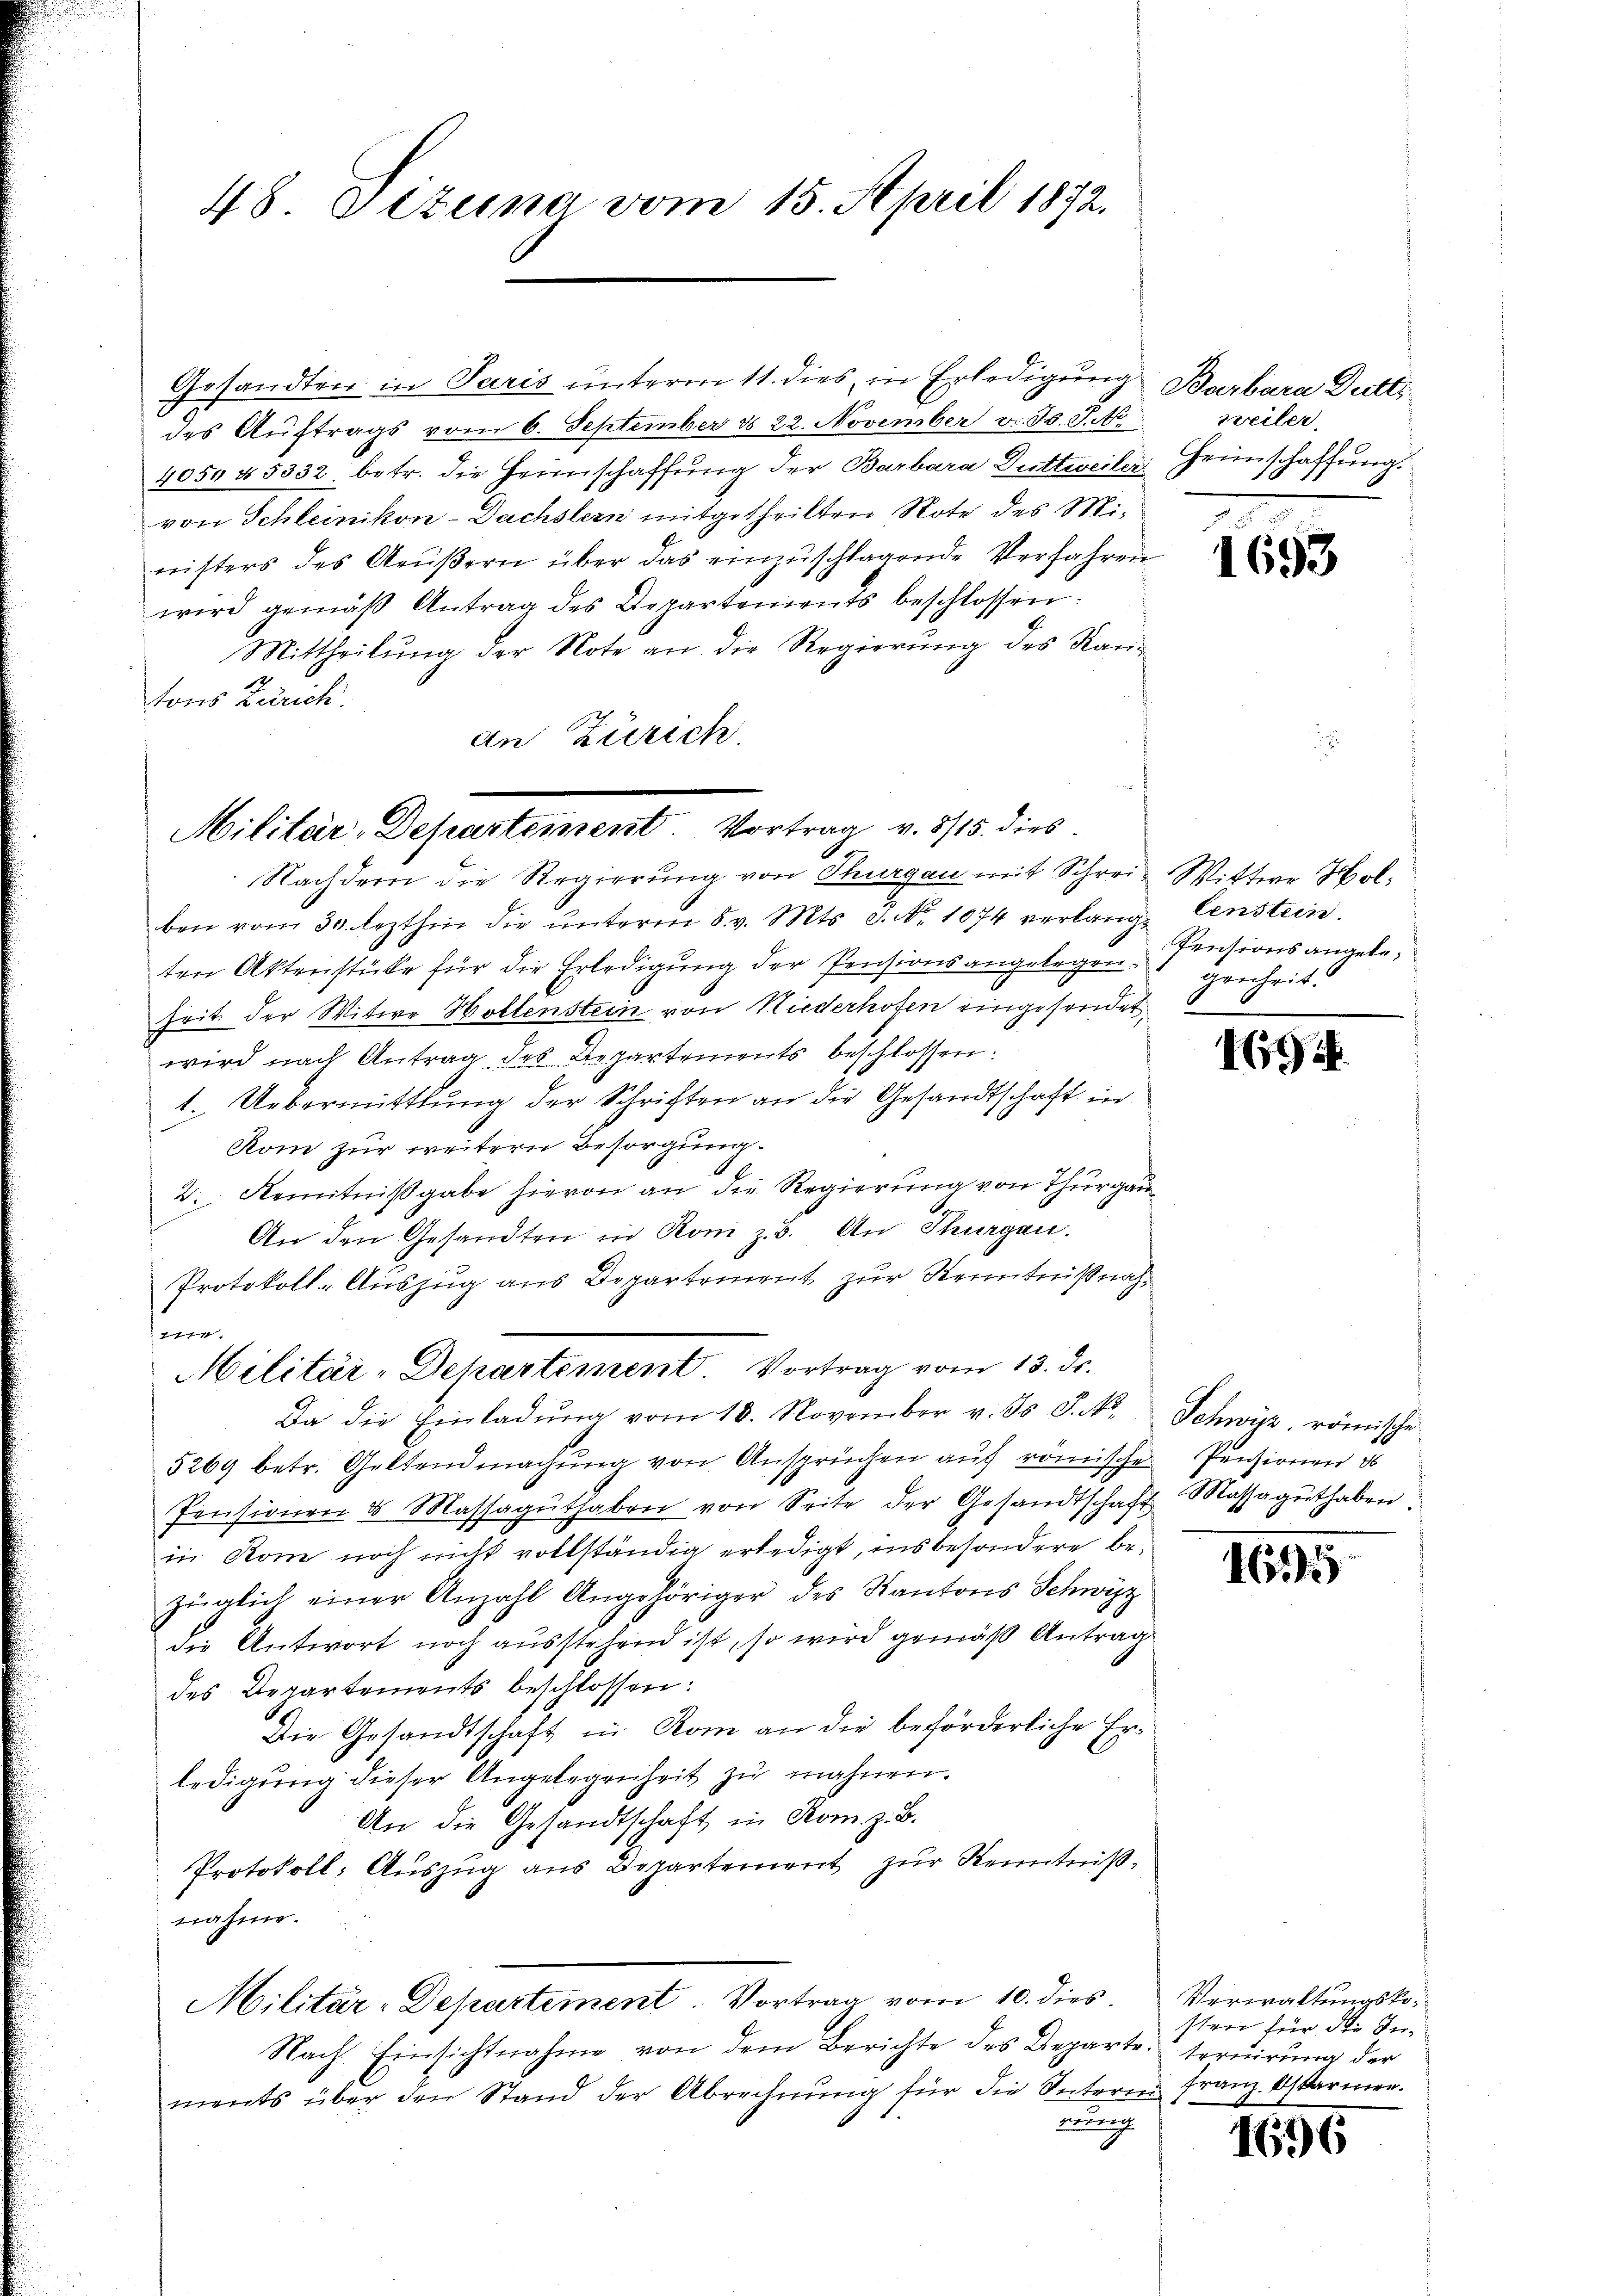
48. Sizung vom 15. April 1872.

Gesandten in Paris unterm 11. dies in Erledigung
des Auftrags vom 6. September d. 22. November v. J. J. No
4054 § 5332. betr. die Heimschaffung der Barbara Duttweiler Heimschaffung
von Schleinikon - Dachstern mitgetheilten Note des Ministers des Aeŭβern über das einzuschlagende Verfahren
wird gemäβ Antrag des Departements beschlossen:
Mittheilŭng der Note an die Regierŭng des Kan-
2
tons Zürich.
an Zürich

Militär, Departement Vortrag v. 315. dies

Nachdem die Regierung von Thurgau mit Schrei- Wittwe Holben vom 30. lezthin die ŭnterm 8. v. Mts. S. Nr. 1074 verlange Censteine
ten Aktenstücke für die Erledigung der Pensionsangelegen genheit.
Zeit der Witwe Hottenstein von Niederhoten eingesendet,
wird nach Antrag des Repartements beschlossen:
1. Uebermittlung der Schriften an die Gesandtschaft in
Kom zur weitern Besorgung.
2. Kenntnißgabe hievon an die Regierung von Thurgau
An den Gesandten in Rom z. B. An Thurgau.
Protokoll-Auszug aus Departement zur Kenntnißnah¬
Da die Einladung vom 18. November v. Js. S. No.
5269 betr. Geltendmachung von Ansprüchen auf römische
Pensionen & Massaguthaben von Seite der Gesandtschaft
in Rone noch nicht vollständig erledigt, insbesondere bezüglich einer Anzahl Angehöriger des Kantons Schwyz
die Antwort noch ausstehend ist, so wird gemäß Antrag
des Departements beschlossen:
Die Gesandtschaft in Rom an die beförderliche Erledigung dieser Angelegenheit zu mahnen.
An die Gesandtschaft in Rom. z. B.
Protokoll: Auszug aus Departement zur Kenntniß,
nahme.
Militär-Departement. Vortrag vom 10. dies
Nach Einsichtnahme von dem Berichte des Departe.
ments über den Stand der Abrechnŭng für die Stern franz. Oskarmen.
naueng

tbefest
Militär-Dekartement. Vortrag vom 15. ds.

Barbara Dutti
weiler,

1653

Pensionsangele¬

694.

Schwyz, römische
Pensionen d
Massaguthaben.

1655

Verwaltungskosten für die Interuirung der

1696